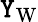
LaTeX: \mathtt{Y}_{\mathrm{{W}}}